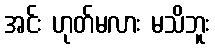
အင်း ဟုတ်မလား မသိဘူး